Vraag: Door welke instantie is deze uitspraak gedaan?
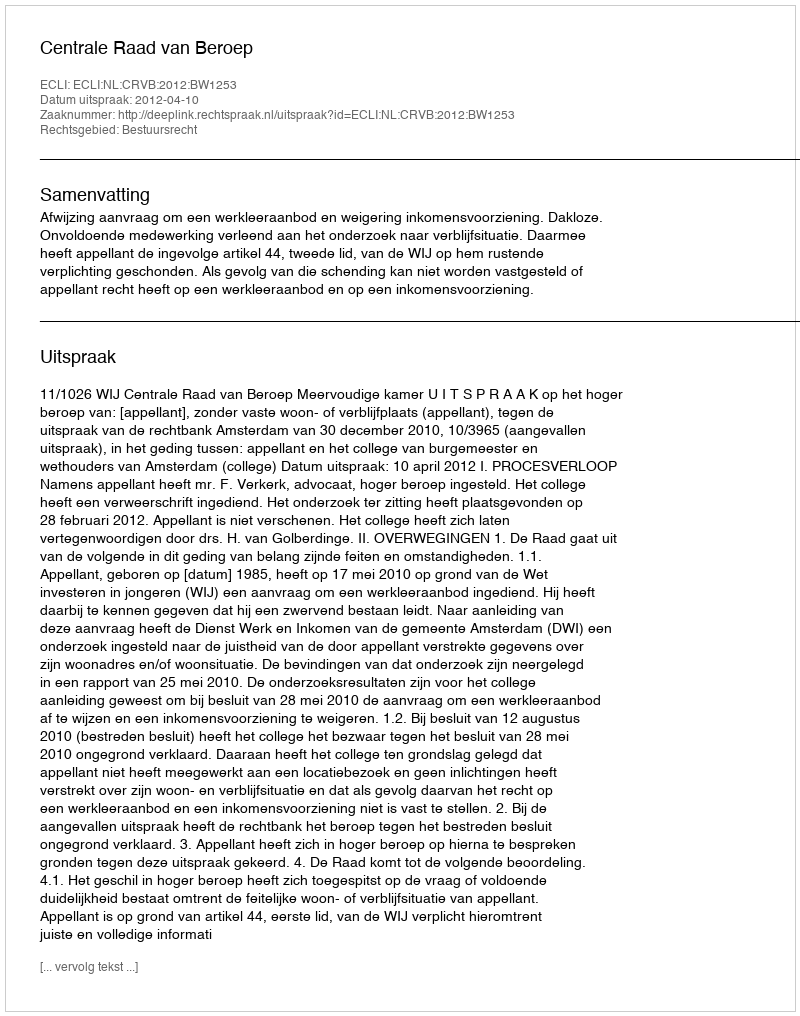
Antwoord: Centrale Raad van Beroep